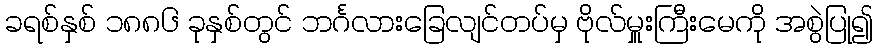
ခရစ်နှစ် ၁၈၈၆ ခုနှစ်တွင် ဘင်္ဂလားခြေလျင်တပ်မှ ဗိုလ်မှူးကြီးမေကို အစွဲပြု၍